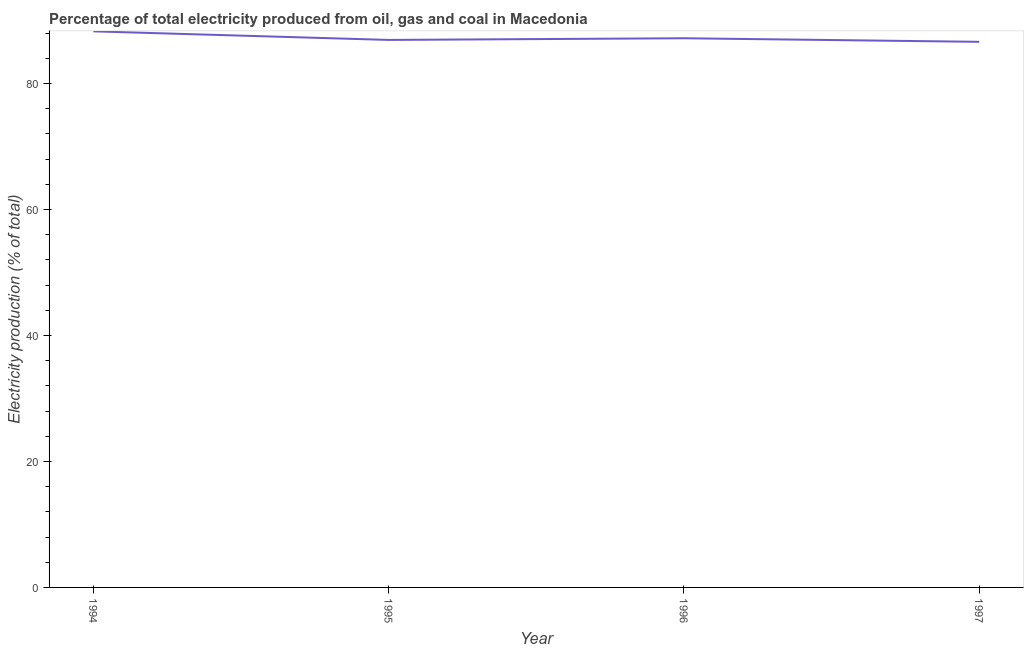
| Year | Electricity production |
 | --- | --- |
 | 1994 | 88.3 |
 | 1995 | 86.9 |
 | 1996 | 87.2 |
 | 1997 | 86.6 |